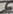
Text: 5